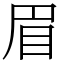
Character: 眉